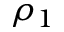
\rho _ { 1 }